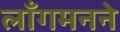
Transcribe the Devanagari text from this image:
लाँगमनने